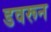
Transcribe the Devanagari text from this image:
डवरून